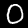
Digit: 0